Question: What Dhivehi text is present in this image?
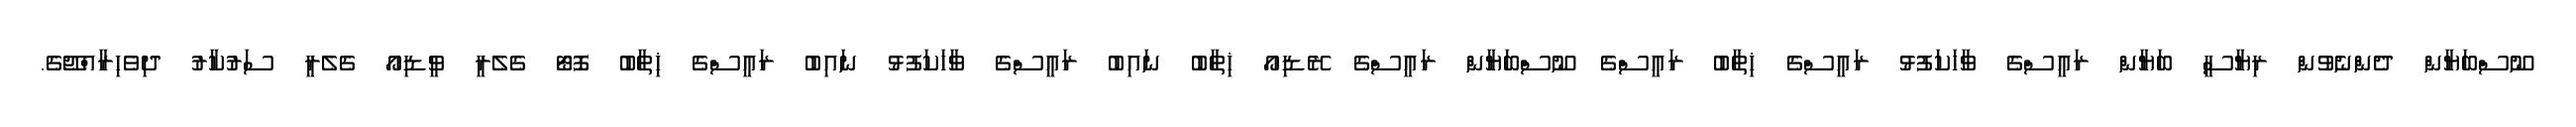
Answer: ނޫސްބަޔާން ދެންނެވުން ރިޔާސީ ބަޔާން ރައީސްގެ ވާހަކަފުޅު ރައީސްގެ ޚިތާބު ރައީސްގެ ނޫސްބަޔާން ރައީސްގެ ރޭޑިއޯ ޚިތާބު ނައިބު ރައީސްގެ ވާހަކަފުޅު ނައިބު ރައީސްގެ ޚިތާބު ފޮޓޯ ގެލެރީ ވީޑިއޯ ގެލެރީ ސަރުކާރު ދިވެހިރާއްޖޭގެ.